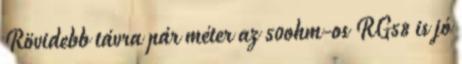
Rövidebb távra pár méter az 50ohm-os RG58 is jó